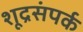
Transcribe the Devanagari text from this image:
शूद्रसंपर्क